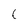
Character: 1